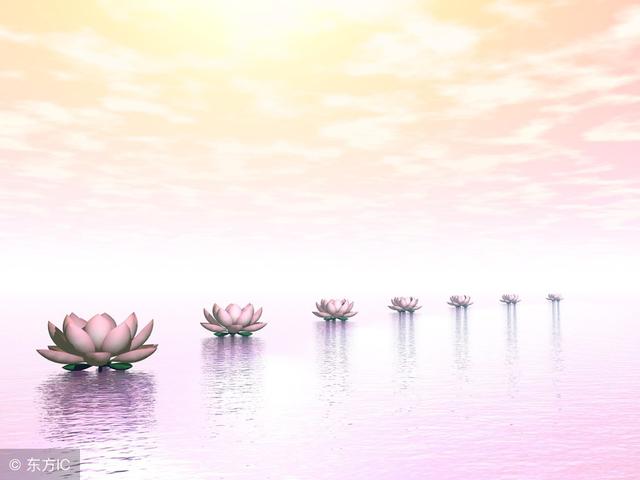
朝看水东流，暮看日西坠。